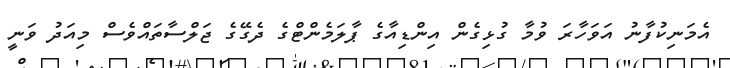
އެމަނިކުފާނު އަވަހާރަ ވުމާ ގުޅިގެން އިންޑިއާގެ ޕާލަމެންޓްގެ ދެގޭގެ ޖަލްސާތައްވެސް މިއަދު ވަނީ